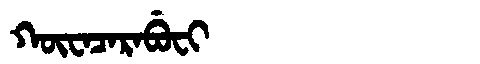
Manchu: ᡴᡡᠸᠠᠴᠠᡵᠠᠪᡠᠸᡳ
Romanization: KŪWACARABUFI